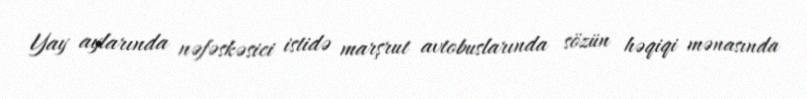
Yay aylarında nəfəskəsici istidə marşrut avtobuslarında sözün həqiqi mənasında